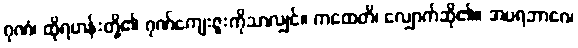
ဂုဏံ၊ ထိုရဟန်းတို့၏ ဂုဏ်ကျေးဇူးကိုသာလျှင်။ ကထေတိ၊ လျှောက်ဆို၏။ အပရဘာဂေ၊